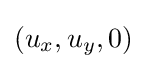
(u_{x},u_{y},0)